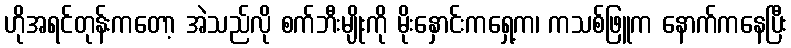
ဟိုအရင်တုန်းကတော့ အဲသည်လို စက်ဘီးမျိုးကို မိုးနှောင်းကရှေ့က၊ ကသစ်ဖြူက နောက်ကနေပြီး